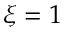
\xi = 1